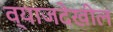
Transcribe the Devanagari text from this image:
व्याजदेखील